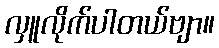
လှူလိုက်ပါတယ်ဗျာ။